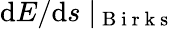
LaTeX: \mathrm{d}E/\mathrm{d}s\mid_{\mathrm{{~B~i~r~k~s~}}}